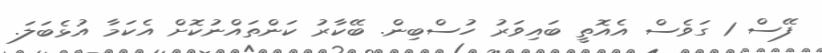
ފޭސް 1 ގަވެސް އެއޮތީ ބައިވަރު ހުސްބިން. ބޭކާރު ކަންތައްނުކޮށް އެކަމާ އުޅެބަލަ.